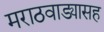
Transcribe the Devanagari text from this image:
मराठवाड्यासह